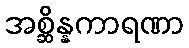
အစ္ဆိန္နကာရဏာ